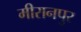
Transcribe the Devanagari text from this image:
मीरानपुर